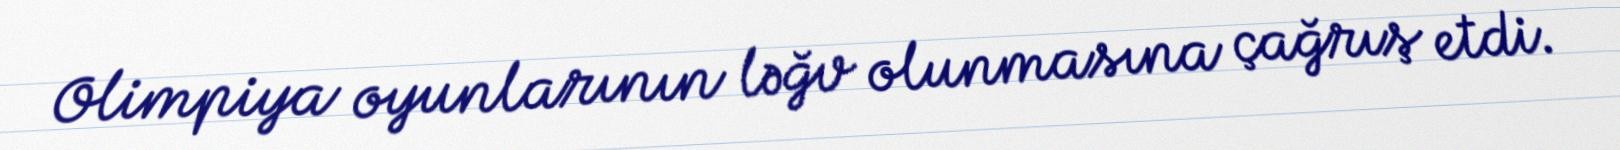
Olimpiya oyunlarının ləğv olunmasına çağrış etdi.